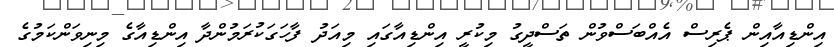
އިންޑިއާއިން ޕެރިސް އެއްބަސްވުން ތަސްދީގު މިކުރީ އިންޑިއާގައި މިއަދު ފާހަގަކުރަމުންދާ އިންޑިއާގެ މިނިވަންކަމުގެ